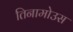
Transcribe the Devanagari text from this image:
तिनामोउस